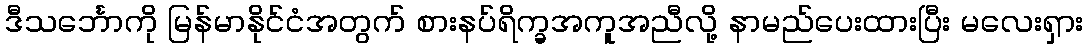
ဒီသင်္ဘောကို မြန်မာနိုင်ငံအတွက် စားနပ်ရိက္ခအကူအညီလို့ နာမည်ပေးထားပြီး မလေးရှား